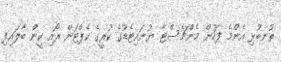
ތުނބުޅި އެންމެ ފަހުން މެންޗެސްޓާ ޔުނައިޓެޑުގެ ކުރީގެ ކެޕްޓަން ރޯއި ކީން ބާލައިފި